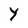
Character: Y